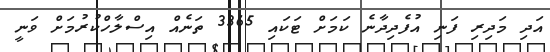
އަދި މަދިރި ފަނި އުފެދިދާނެ ކަމަށް ޓަކައި 3365 ތަނެއް އިސްލާހްކުރުމަށް ވަނީ